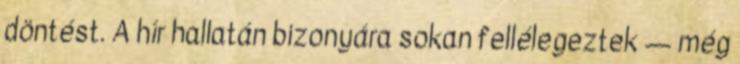
döntést. A hír hallatán bizonyára sokan fellélegeztek — még